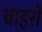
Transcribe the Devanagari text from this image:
चाहरों